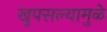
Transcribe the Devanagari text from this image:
खुपसल्यामुळे